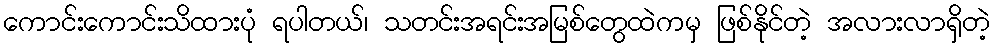
ကောင်းကောင်းသိထားပုံ ရပါတယ်၊ သတင်းအရင်းအမြစ်တွေထဲကမှ ဖြစ်နိုင်တဲ့ အလားလာရှိတဲ့